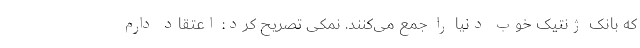
که بانک ژنتیک خوب دنیا را جمع می‌‌کنند. نمکی تصریح کرد: اعتقاد دارم